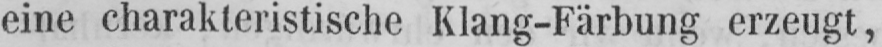
eine charakteristische Klang-Färbung erzeugt,